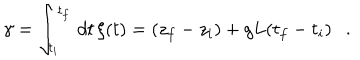
\gamma = \int _ { t _ { i } } ^ { t _ { f } } \, d t \, \xi ( t ) = ( z _ { f } - z _ { i } ) + g L ( t _ { f } - t _ { i } ) \ \ \ .